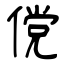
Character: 傥